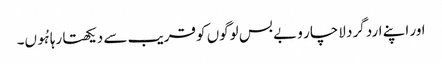
اور اپنے ارد گرد لاچار و بے بس لوگوں کو قریب سے دیکھتا رہا ہُوں۔